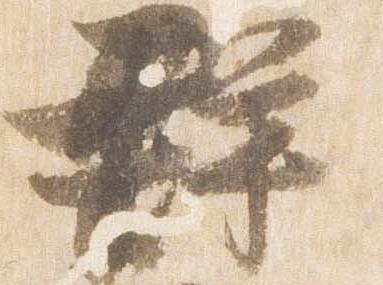
群